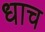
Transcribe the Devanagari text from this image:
धाच